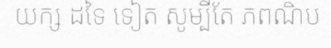
យក្ស ដទៃ ទៀត សូម្បីតែ ភពណិប